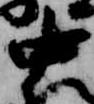
中